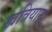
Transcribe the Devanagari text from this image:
खत्रियाना